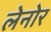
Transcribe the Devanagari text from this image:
लेनोर